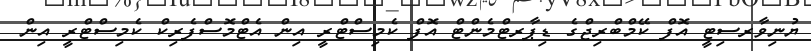
ޔުނިވާރސިޓީ އޮފް ކޭމްބްރިޖްގެ ޑިޕާރޓްމެންޓް އޮފް ކެމިސްޓްރީ އިން އެޓްމޮސްފެރިކް ކެމިސްޓްރީ އިން